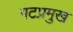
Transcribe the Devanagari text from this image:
गटप्रमुख